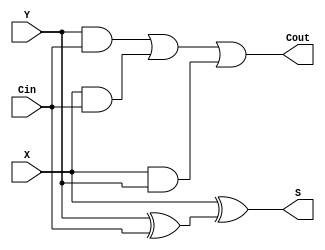
module full_adder(Cin, X, Y, S, Cout);
input Cin, X, Y;
output Cout, S;
assign S = X ^ (Y ^ Cin);
assign Cout = (Y & Cin) | (X & Cin) | (X & Y);
endmodule